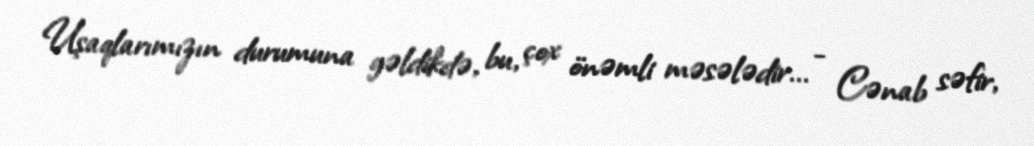
Uşaqlarımızın durumuna gəldikdə, bu, çox önəmli məsələdir... - Cənab səfir,